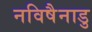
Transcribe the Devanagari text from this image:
नविषैनाडु